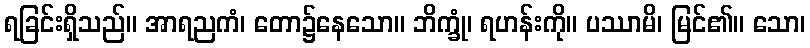
ရခြင်းရှိသည်။ အာရညကံ၊ တော၌နေသော။ ဘိက္ခုံ၊ ရဟန်းကို။ ပဿာမိ၊ မြင်၏။ သော၊